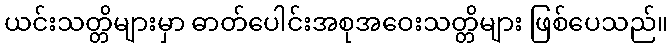
ယင်းသတ္တိများမှာ ဓာတ်ပေါင်းအစုအဝေးသတ္တိများ ဖြစ်ပေသည်။